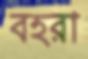
বহরা